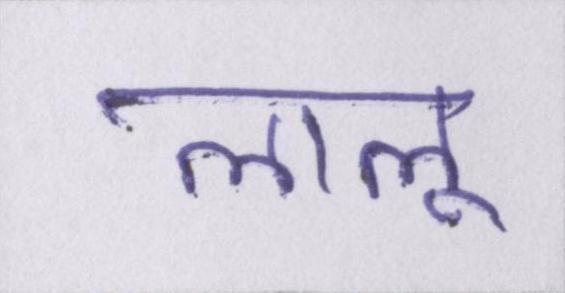
लालू